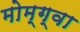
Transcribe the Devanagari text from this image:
मोम्ग्वा